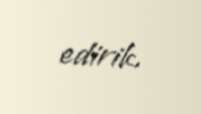
edirik.